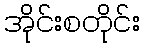
အိုင်းစတိုင်း